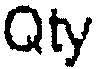
QTY